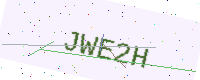
Text: JWE2H